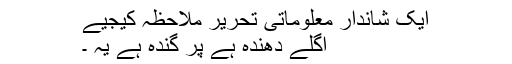
ایک شاندار معلوماتی تحریر ملاحظہ کیجیے
اگلے دھندہ ہے پر گندہ ہے یہ ۔